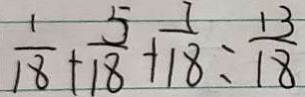
\frac { 1 } { 1 8 } + \frac { 5 } { 1 8 } + \frac { 7 } { 1 8 } = \frac { 1 3 } { 1 8 }